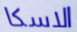
الاسكا